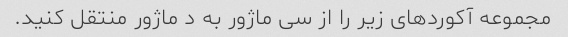
مجموعه آکوردهای زیر را از سی ماژور به د ماژور منتقل کنید.